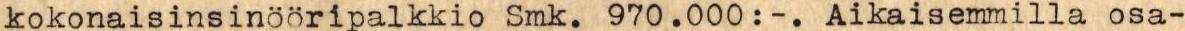
kokonaisinsinööripalkkio Smk. 970.000:-. Aikaisemmilla osa-